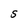
Character: S